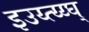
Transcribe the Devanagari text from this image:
इउय्त्य्य्घ्